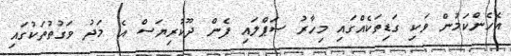
އެހެންކަމުން ވަކި ގަޑިތަކެއްގައި މިހާރު ސަޕްލައި ފެން ދޫކުރިޔަސް އެ މަދު ވަގުތުތަކުގައި